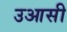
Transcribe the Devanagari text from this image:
उआसी